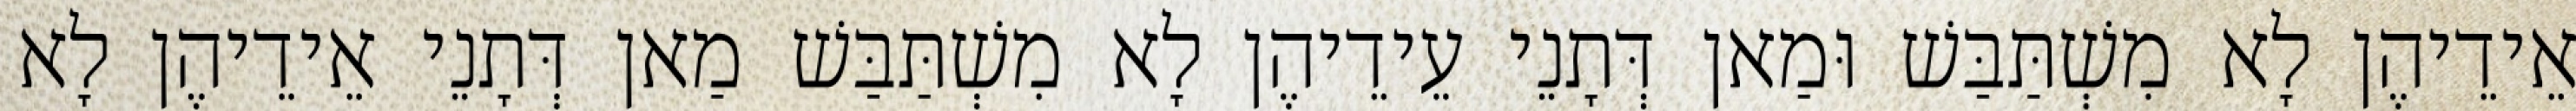
אֵידֵיהֶן לָא מִשְׁתַּבַּשׁ וּמַאן דְּתָנֵי עֵידֵיהֶן לָא מִשְׁתַּבַּשׁ מַאן דְּתָנֵי אֵידֵיהֶן לָא